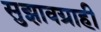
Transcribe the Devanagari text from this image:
सुझावग्राही